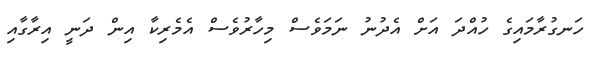
ހަނގުރާމައިގެ ހުއްދަ އަށް އެދުނު ނަމަވެސް މިހާރުވެސް އެމެރިކާ އިން ދަނީ އިރާގާއި